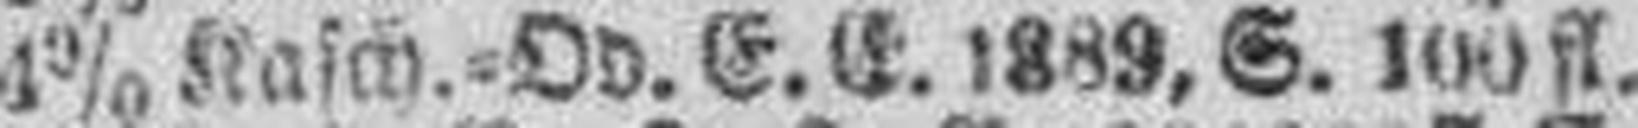
4% Kasch.=Od. E. E. 1889, S. 100 fl.